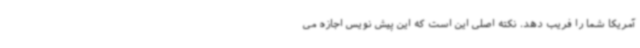
آمریکا شما را فریب دهد. نکته اصلی این است که این پیش نویس اجازه می